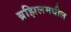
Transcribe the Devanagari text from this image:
ब्रझिलमधील